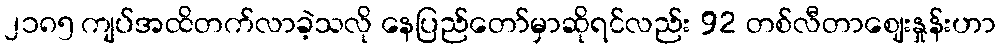
၂၁၈၅ ကျပ်အထိတက်လာခဲ့သလို နေပြည်တော်မှာဆိုရင်လည်း 92 တစ်လီတာဈေးနှုန်းဟာ